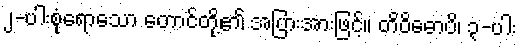
၂-ပါးစုံရောသော တောင်တို့၏ အပြားအားဖြင့်။ တိဝိဓောပိ၊ ၃-ပါး